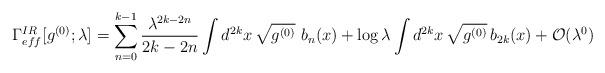
LaTeX: \begin{align*}\Gamma_{eff}^{IR}[g^{(0)}; \lambda]= \sum_{n=0}^{k-1} {\lambda^{2k-2n}\over 2k-2n}\int d^{2k}x\, \sqrt{g^{(0)}}\ b_n(x) + \log\lambda\int d^{2k}x\,\sqrt{g^{(0)}}\,b_{2k}(x) +{\cal O} (\lambda^0)\end{align*}